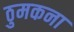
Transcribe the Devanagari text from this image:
ठुमकना